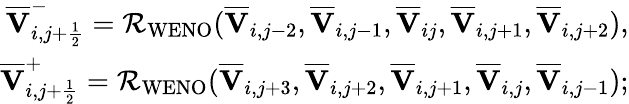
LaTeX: \begin{array}{r}{\overline{{\mathbf{V}}}_{i,j+\frac{1}{2}}^{-}=\mathcal{R}_{\mathrm{WENO}}(\overline{{\mathbf{V}}}_{i,j-2},\overline{{\mathbf{V}}}_{i,j-1},\overline{{\mathbf{V}}}_{ij},\overline{{\mathbf{V}}}_{i,j+1},\overline{{\mathbf{V}}}_{i,j+2}),}\\ {\overline{{\mathbf{V}}}_{i,j+\frac{1}{2}}^{+}=\mathcal{R}_{\mathrm{WENO}}(\overline{{\mathbf{V}}}_{i,j+3},\overline{{\mathbf{V}}}_{i,j+2},\overline{{\mathbf{V}}}_{i,j+1},\overline{{\mathbf{V}}}_{i,j},\overline{{\mathbf{V}}}_{i,j-1});}\end{array}